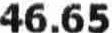
46.65